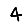
Digit: 4